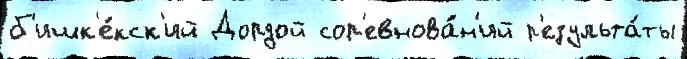
б'ишк'е́кск'ий Дордой сор'евнова́н'ий р'езульта́ты